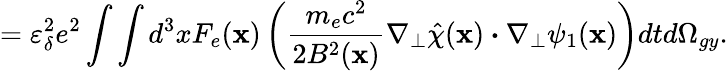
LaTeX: =\varepsilon_{\delta}^{2}e^{2}\int\int d^{3}xF_{e}(\textbf{x})\left(\frac{m_{e}c^{2}}{2B^{2}(\textbf{x})}\nabla_{\perp}\hat{\chi}(\textbf{x})\boldsymbol{\cdot}\nabla_{\perp}\psi_{1}(\textbf{x})\right)dtd\Omega_{gy}.